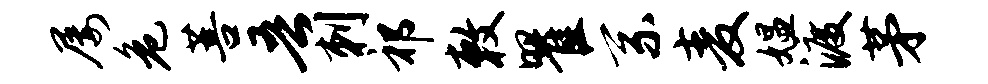
屡危菩吾刺祁敕瞿系麦媪渡茅